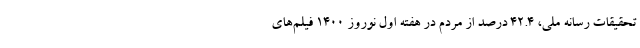
تحقیقات رسانه ملی، 42.4 درصد از مردم در هفته اول نوروز 1400 فیلم‌های